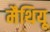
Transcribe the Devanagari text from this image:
मैथियू